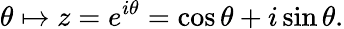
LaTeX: \theta\mapsto z=e^{i\theta}=\cos\theta+i\sin\theta.